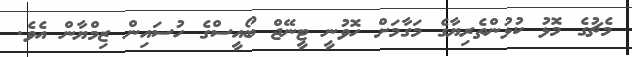
މެޗުގެ މޮޅު ކުޅުންތެރިޔާގެ މަގާމަށް ހޮވުނީ ޓީނޭޖް ބޯއީސްގެ ހުސައިން ޒިމްޔާން އެވެ.